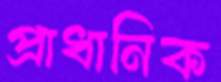
প্রাধানিক